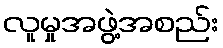
လူမှုအဖွဲ့အစည်း